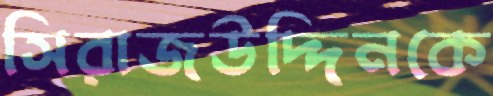
সিরাজউদ্দিনকে